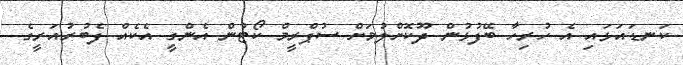
ކަނޑައަޅައި އެ ހުރިހާ ބޭފުޅުން ދޫކޮށްލުމަށް ސުޕްރީމް ކޯޓުން އެންގީ އެކެއް ފެބުރުއަރީގެ